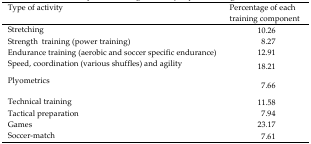
| Type of activity | Percentage of each training component |
 | --- | --- |
 | Stretching | 10.26 |
 | Strength training (power training) | 8.27 |
 | Endurance training (aerobic and soccer specific endurance) | 12.91 |
 | Speed, coordination (various shuffles) and agility | 18.21 |
 | Plyometrics | 7.66 |
 | Technical training | 11.58 |
 | Tactical preparation | 7.94 |
 | Games | 23.17 |
 | Soccer-match | 7.61 |